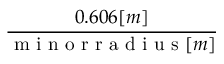
\frac { 0 . 6 0 6 [ m ] } { \mathrm { ~ m ~ i ~ n ~ o ~ r ~ r ~ a ~ d ~ i ~ u ~ s ~ } [ m ] }